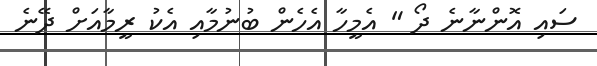
ސައި އޮންނާނެ ދޯ " އެމީހާ އެހެން ބުނުމާއި އެކު ރީމާއަށް ދޭނެ